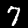
Digit: 7